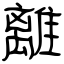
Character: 離